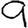
Digit: 9